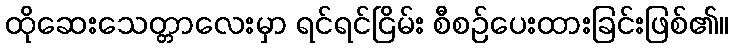
ထိုဆေးသေတ္တာလေးမှာ ရင်ရင်ငြိမ်း စီစဉ်ပေးထားခြင်းဖြစ်၏။